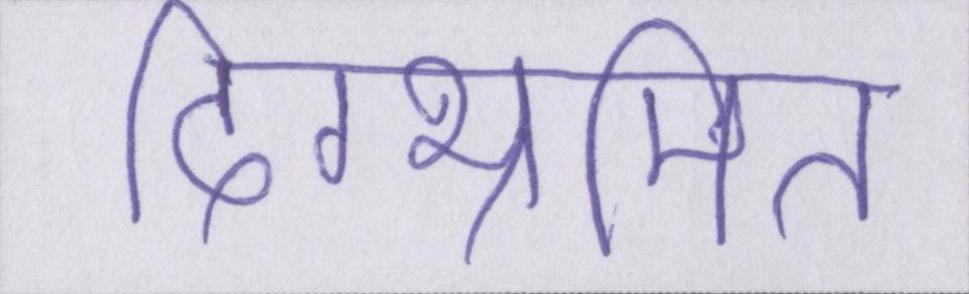
दिग्भ्रमित